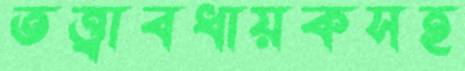
তত্ত্বাবধায়কসহ